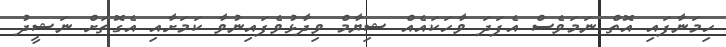
ހިމަނާފައި އޮތް ނަމަވެސް އެފަދަ ވާހަކައެއް ޝިިޔާމް ވިދާޅުވެފައިނުވާ ކަމަށާއި އެގޮތަށް ނަޝީދު